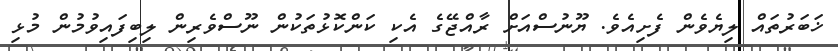
ޚަބަރުތައް ލިޔެވެން ފެށިއެވެ. ޔޫނުސްއަށް ރާއްޖޭގެ އެކި ކަންކޮޅުތަކުން ނޫސްވެރިން ލިބިފައިވުމުން މުޅި